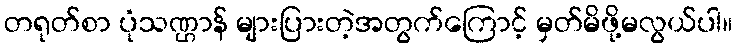
တရုတ်စာ ပုံသဏ္ဌာန် များပြားတဲ့အတွက်ကြောင့် မှတ်မိဖို့မလွယ်ပါ။